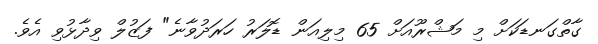
ގާތްގަނޑަކަށް މި މަޝްރޫއަށް 65 މިލިއަން ޑޮލަރު ހަރަދުވާނެ" ފަޒުލް ވިދާޅުވި އެވެ.